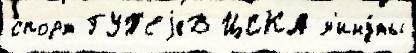
спорт ГУТ'ЕjеВ ЦСКА м'ину́ты